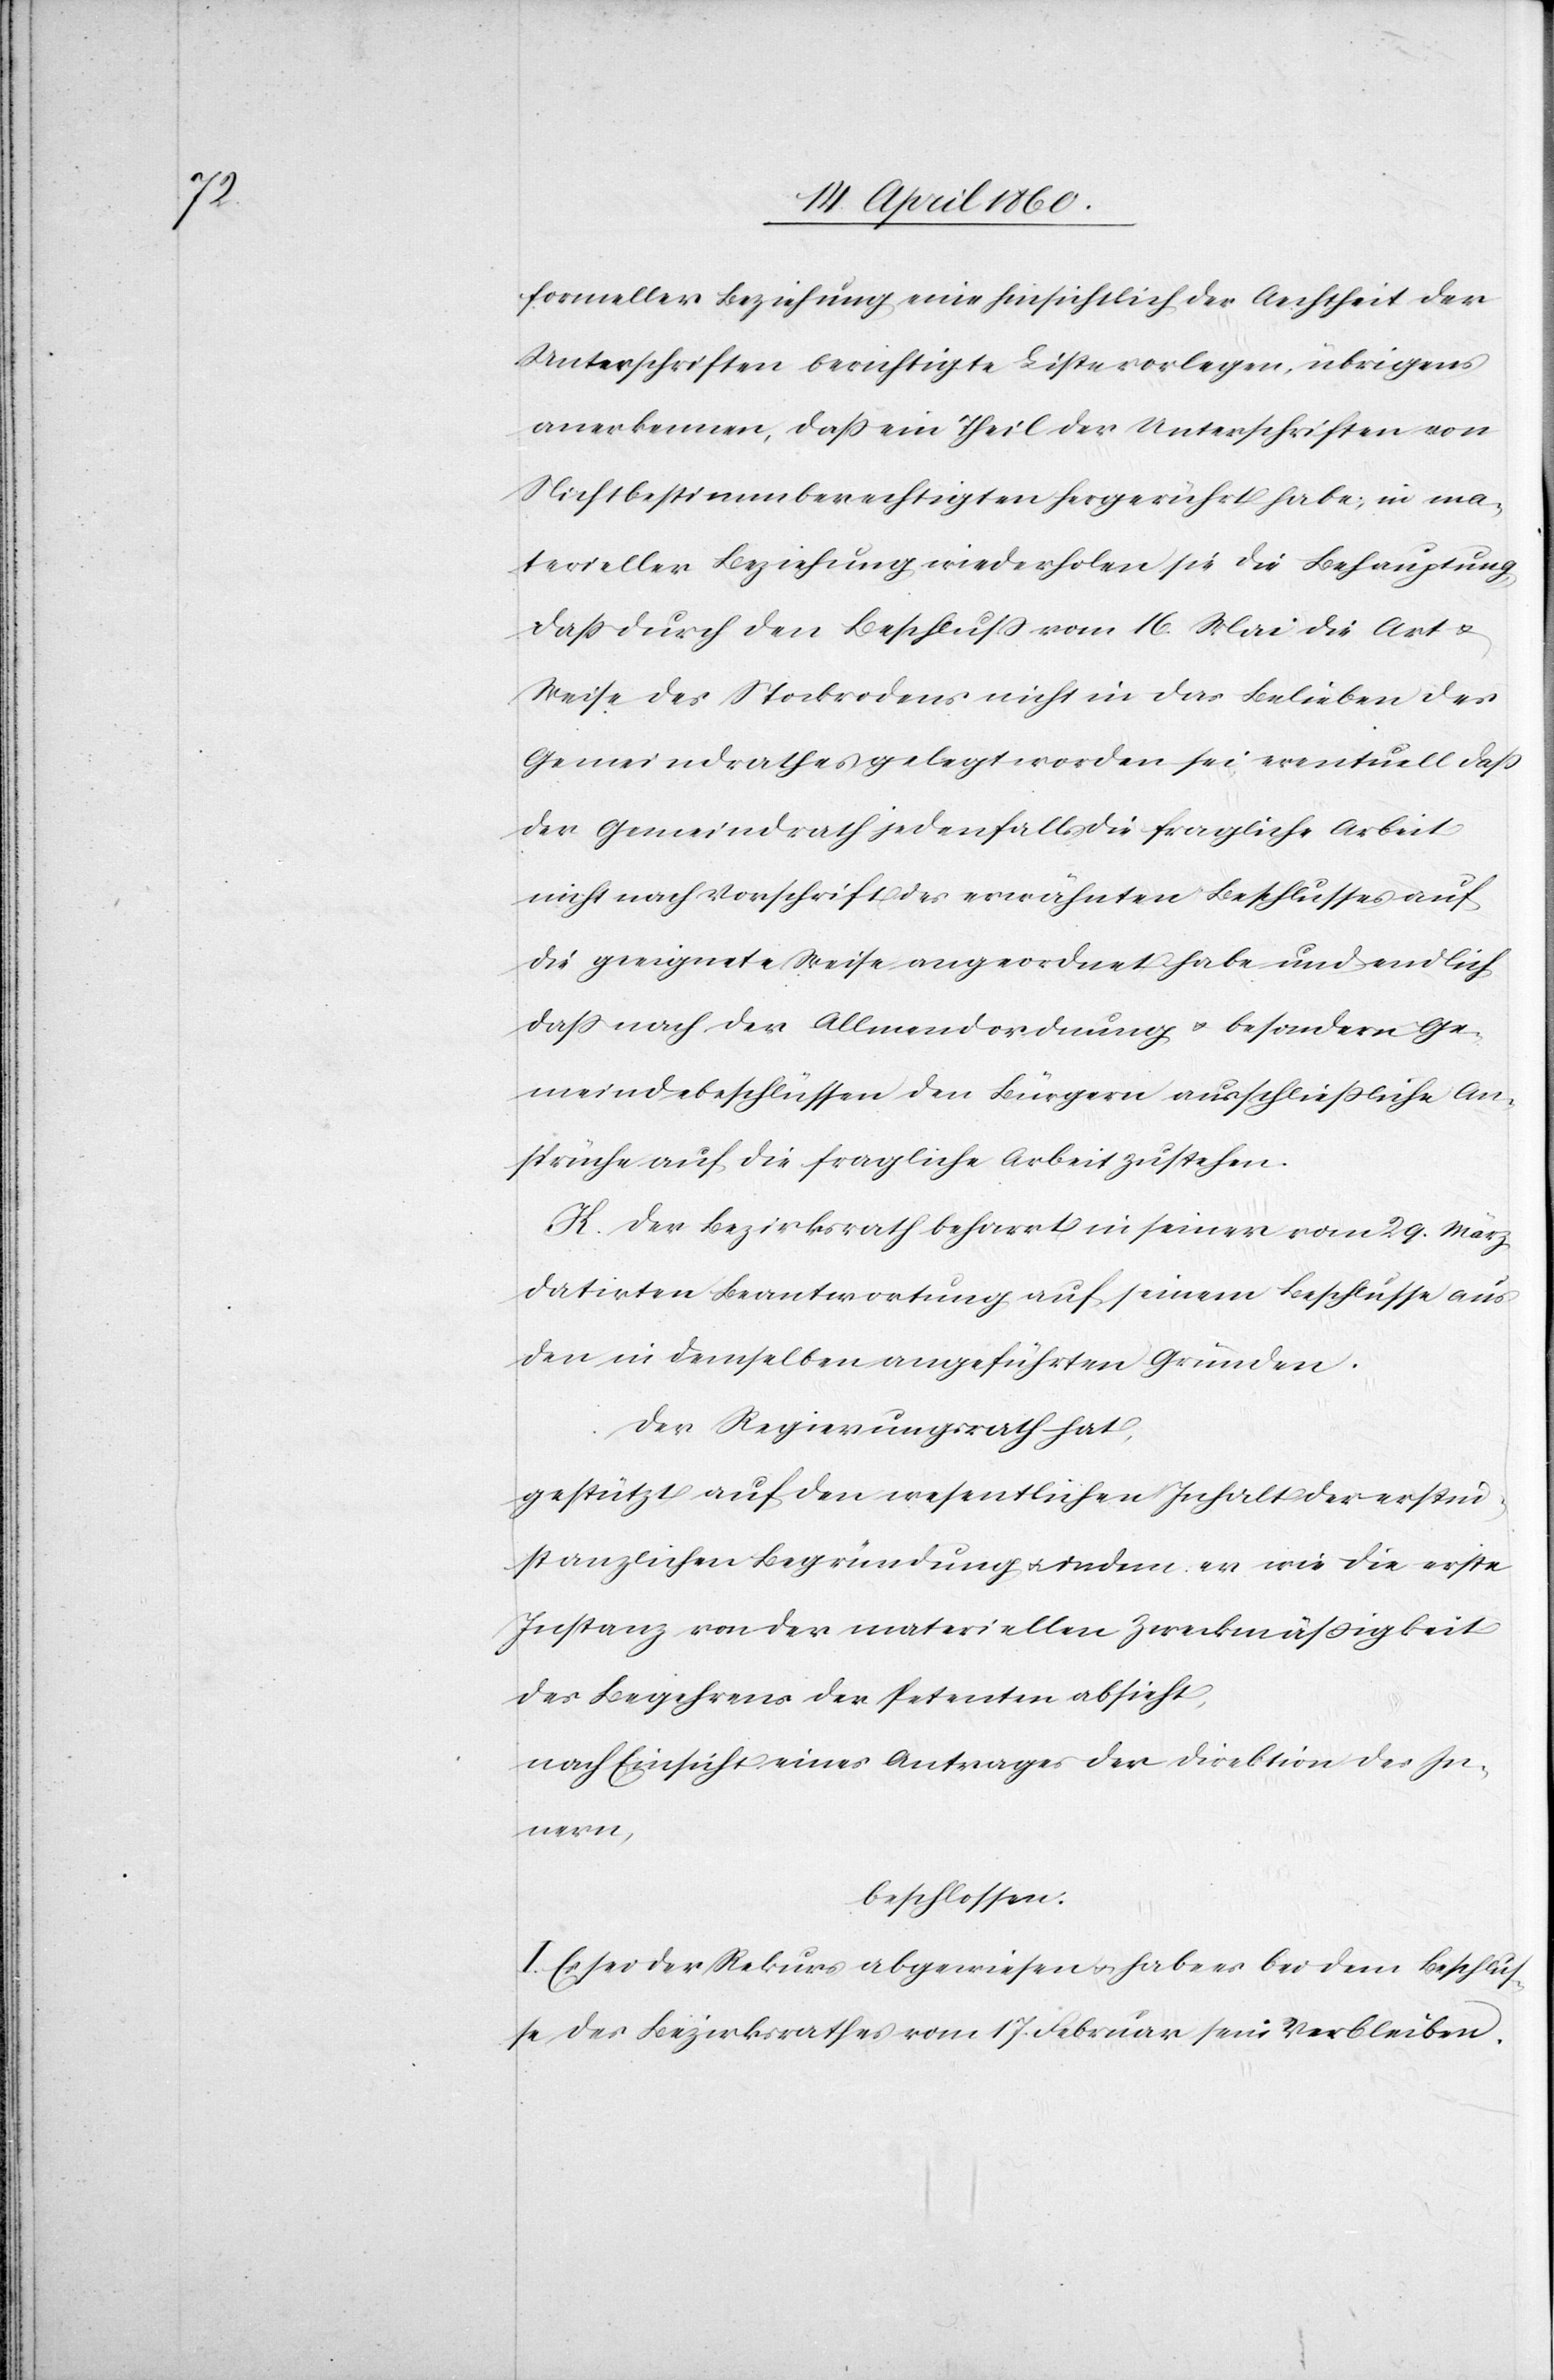
formeller Beziehung eine hinsichtlich der Aechtheit der
Unterschriften berichtigte Liste vorlegen, übrigens
anerkennen, dass ein Theil der Unterschriften von
Nichtbestimmberechtigten hergerührt habe, in ma¬
terieller Beziehung wiederholen sie die Behauptung,
dass durch den Beschluss vom 16. Mai die Art u.
Weise des Stockrodens nicht in das Belieben des
Gemeindrathes gelegt worden sei eventuell dass
der Gemeindrath jedenfalls die fragliche Arbeit
nicht nach Vorschrift des erwähnten Beschlusses auf
die geeignete Weise angeordnet habe und endlich
dass nach der Allmendordnung u. besondern Ge¬
meindsbeschlüssen den Bürgern ausschliessliche An¬
sprüche auf die fragliche Arbeit zustehen.
K. Der Bezirksrath beharrt in seiner vom 29. März
datirten Beantwortung auf seinem Beschlusse aus
den in demselben angeführten Gründen.
Der Regierungsrath hat,
gestützt auf den wesentlichen Inhalt der erstin¬
stanzlichen Begründung u. indem er wie die erste
Instanz von der materiellen Zweckmässigkeit
des Begehrens der Petenten absieht,
nach Einsicht eines Antrages der Direktion des In¬
nern,
beschlossen:
I. Es sei der Rekurs abgewiesen u. habe es bei dem Beschlus¬
se des Bezirksrathes vom 17. Februar sein Verbleiben.